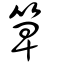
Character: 箄